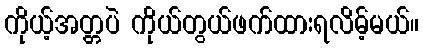
ကိုယ့်အတ္တပဲ ကိုယ်တွယ်ဖက်ထားရလိမ့်မယ်။